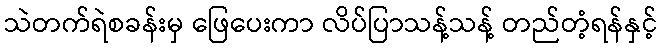
သဲတက်ရဲစခန်းမှ ဖြေပေးကာ လိပ်ပြာသန့်သန့် တည်တံ့ရန်နှင့်